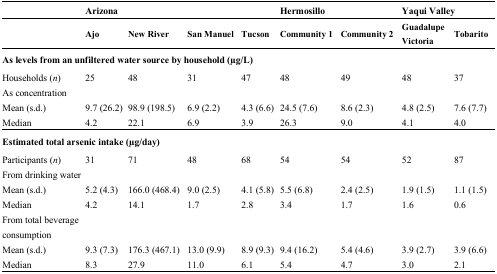
|  | <COLSPAN=4> Arizona | <COLSPAN=2> Hermosillo | <COLSPAN=2> Yaqui Valley |
 |  | Ajo | New River | San Manuel | Tucson | Community 1 | Community 2 | Guadalupe Victoria | Tobarito |
 | --- | --- | --- | --- | --- | --- | --- | --- | --- |
 | <COLSPAN=9> As levels from an unfiltered water source by household (μg/L) |
 | Households (n) | 25 | 48 | 31 | 47 | 48 | 49 | 48 | 37 |
 | <COLSPAN=2> As concentration |  |  |  |  |  |  |  |
 | Mean (s.d.) | 9.7 (26.2) | 98.9 (198.5) | 6.9 (2.2) | 4.3 (6.6) | 24.5 (7.6) | 8.6 (2.3) | 4.8 (2.5) | 7.6 (7.7) |
 | Median | 4.2 | 22.1 | 6.9 | 3.9 | 26.3 | 9.0 | 4.1 | 4.0 |
 | <COLSPAN=9> Estimated total arsenic intake (μg/day) |
 | Participants (n) | 31 | 71 | 48 | 68 | 54 | 54 | 52 | 87 |
 | From drinking water |  |  |  |  |  |  |  |  |
 | Mean (s.d.) | 5.2 (4.3) | 166.0 (468.4) | 9.0 (2.5) | 4.1 (5.8) | 5.5 (6.8) | 2.4 (2.5) | 1.9 (1.5) | 1.1 (1.5) |
 | Median | 4.2 | 14.1 | 1.7 | 2.8 | 3.4 | 1.7 | 1.6 | 0.6 |
 | <ROWSPAN=2-COLSPAN=2> From total beverage consumption |  |  |  |  |  |  |  |
 | Mean (s.d.) | 9.3 (7.3) | 176.3 (467.1) | 13.0 (9.9) | 8.9 (9.3) | 9.4 (16.2) | 5.4 (4.6) | 3.9 (2.7) | 3.9 (6.6) |
 | Median | 8.3 | 27.9 | 11.0 | 6.1 | 5.4 | 4.7 | 3.0 | 2.1 |